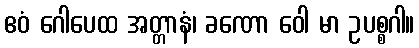
ဧဝံ ဂေါပေထ အတ္တာနံ၊ ခဏော ဝေါ မာ ဥပစ္စဂါ။